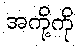
အကို့ကို